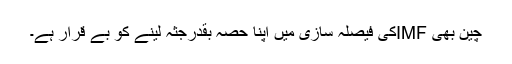
چین بھی IMFکی فیصلہ سازی میں اپنا حصہ بقدرجثہ لینے کو بے قرار ہے۔